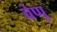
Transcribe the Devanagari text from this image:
चेप्पु